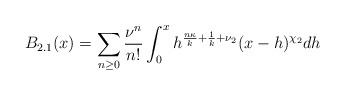
LaTeX: \begin{align*}B_{2.1}(x) = \sum_{n \geq 0} \frac{\nu^{n}}{n!} \int_{0}^{x} h^{\frac{n \kappa}{k} + \frac{1}{k}+\nu_{2}} (x-h)^{\chi_{2}} dh\end{align*}